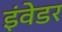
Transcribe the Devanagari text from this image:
इंवेडर